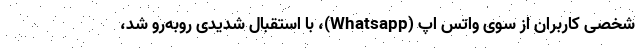
شخصی کاربران از سوی واتس اپ (Whatsapp)، با استقبال شدیدی روبه‌رو شد،